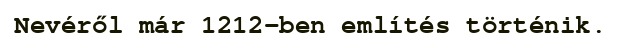
Nevéről már 1212-ben említés történik.